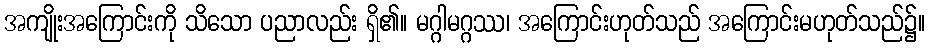
အကျိုးအကြောင်းကို သိသော ပညာလည်း ရှိ၏။ မဂ္ဂါမဂ္ဂဿ၊ အကြောင်းဟုတ်သည် အကြောင်းမဟုတ်သည်၌။